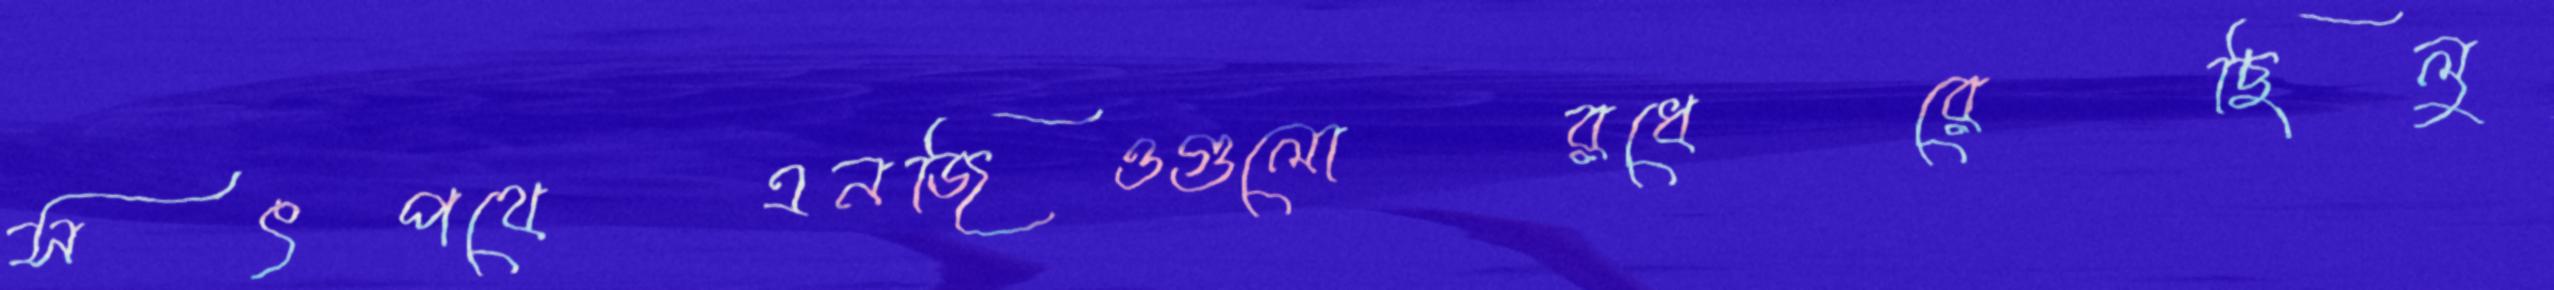
সৎপথেএনজিওগুলোরধেরেছিলু